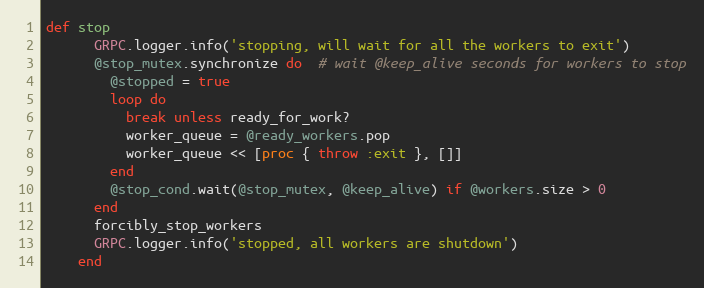
Language: Ruby
def stop
      GRPC.logger.info('stopping, will wait for all the workers to exit')
      @stop_mutex.synchronize do  # wait @keep_alive seconds for workers to stop
        @stopped = true
        loop do
          break unless ready_for_work?
          worker_queue = @ready_workers.pop
          worker_queue << [proc { throw :exit }, []]
        end
        @stop_cond.wait(@stop_mutex, @keep_alive) if @workers.size > 0
      end
      forcibly_stop_workers
      GRPC.logger.info('stopped, all workers are shutdown')
    end